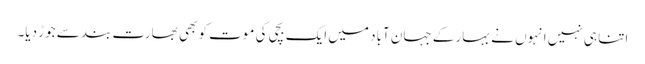
اتنا ہی نہیں انہوں نے بہار کے جہان آباد میں ایک بچی کی موت کو بھی بھارت بند سے جوڑ دیا۔